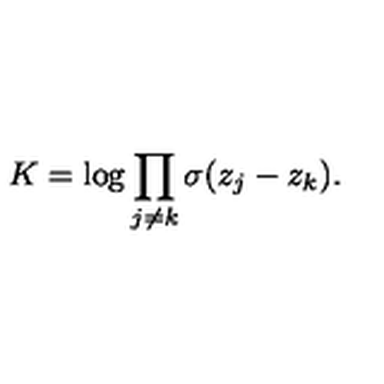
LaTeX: K = \log \prod _ { j \neq k } \sigma ( z _ { j } - z _ { k } ) .